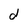
Character: d